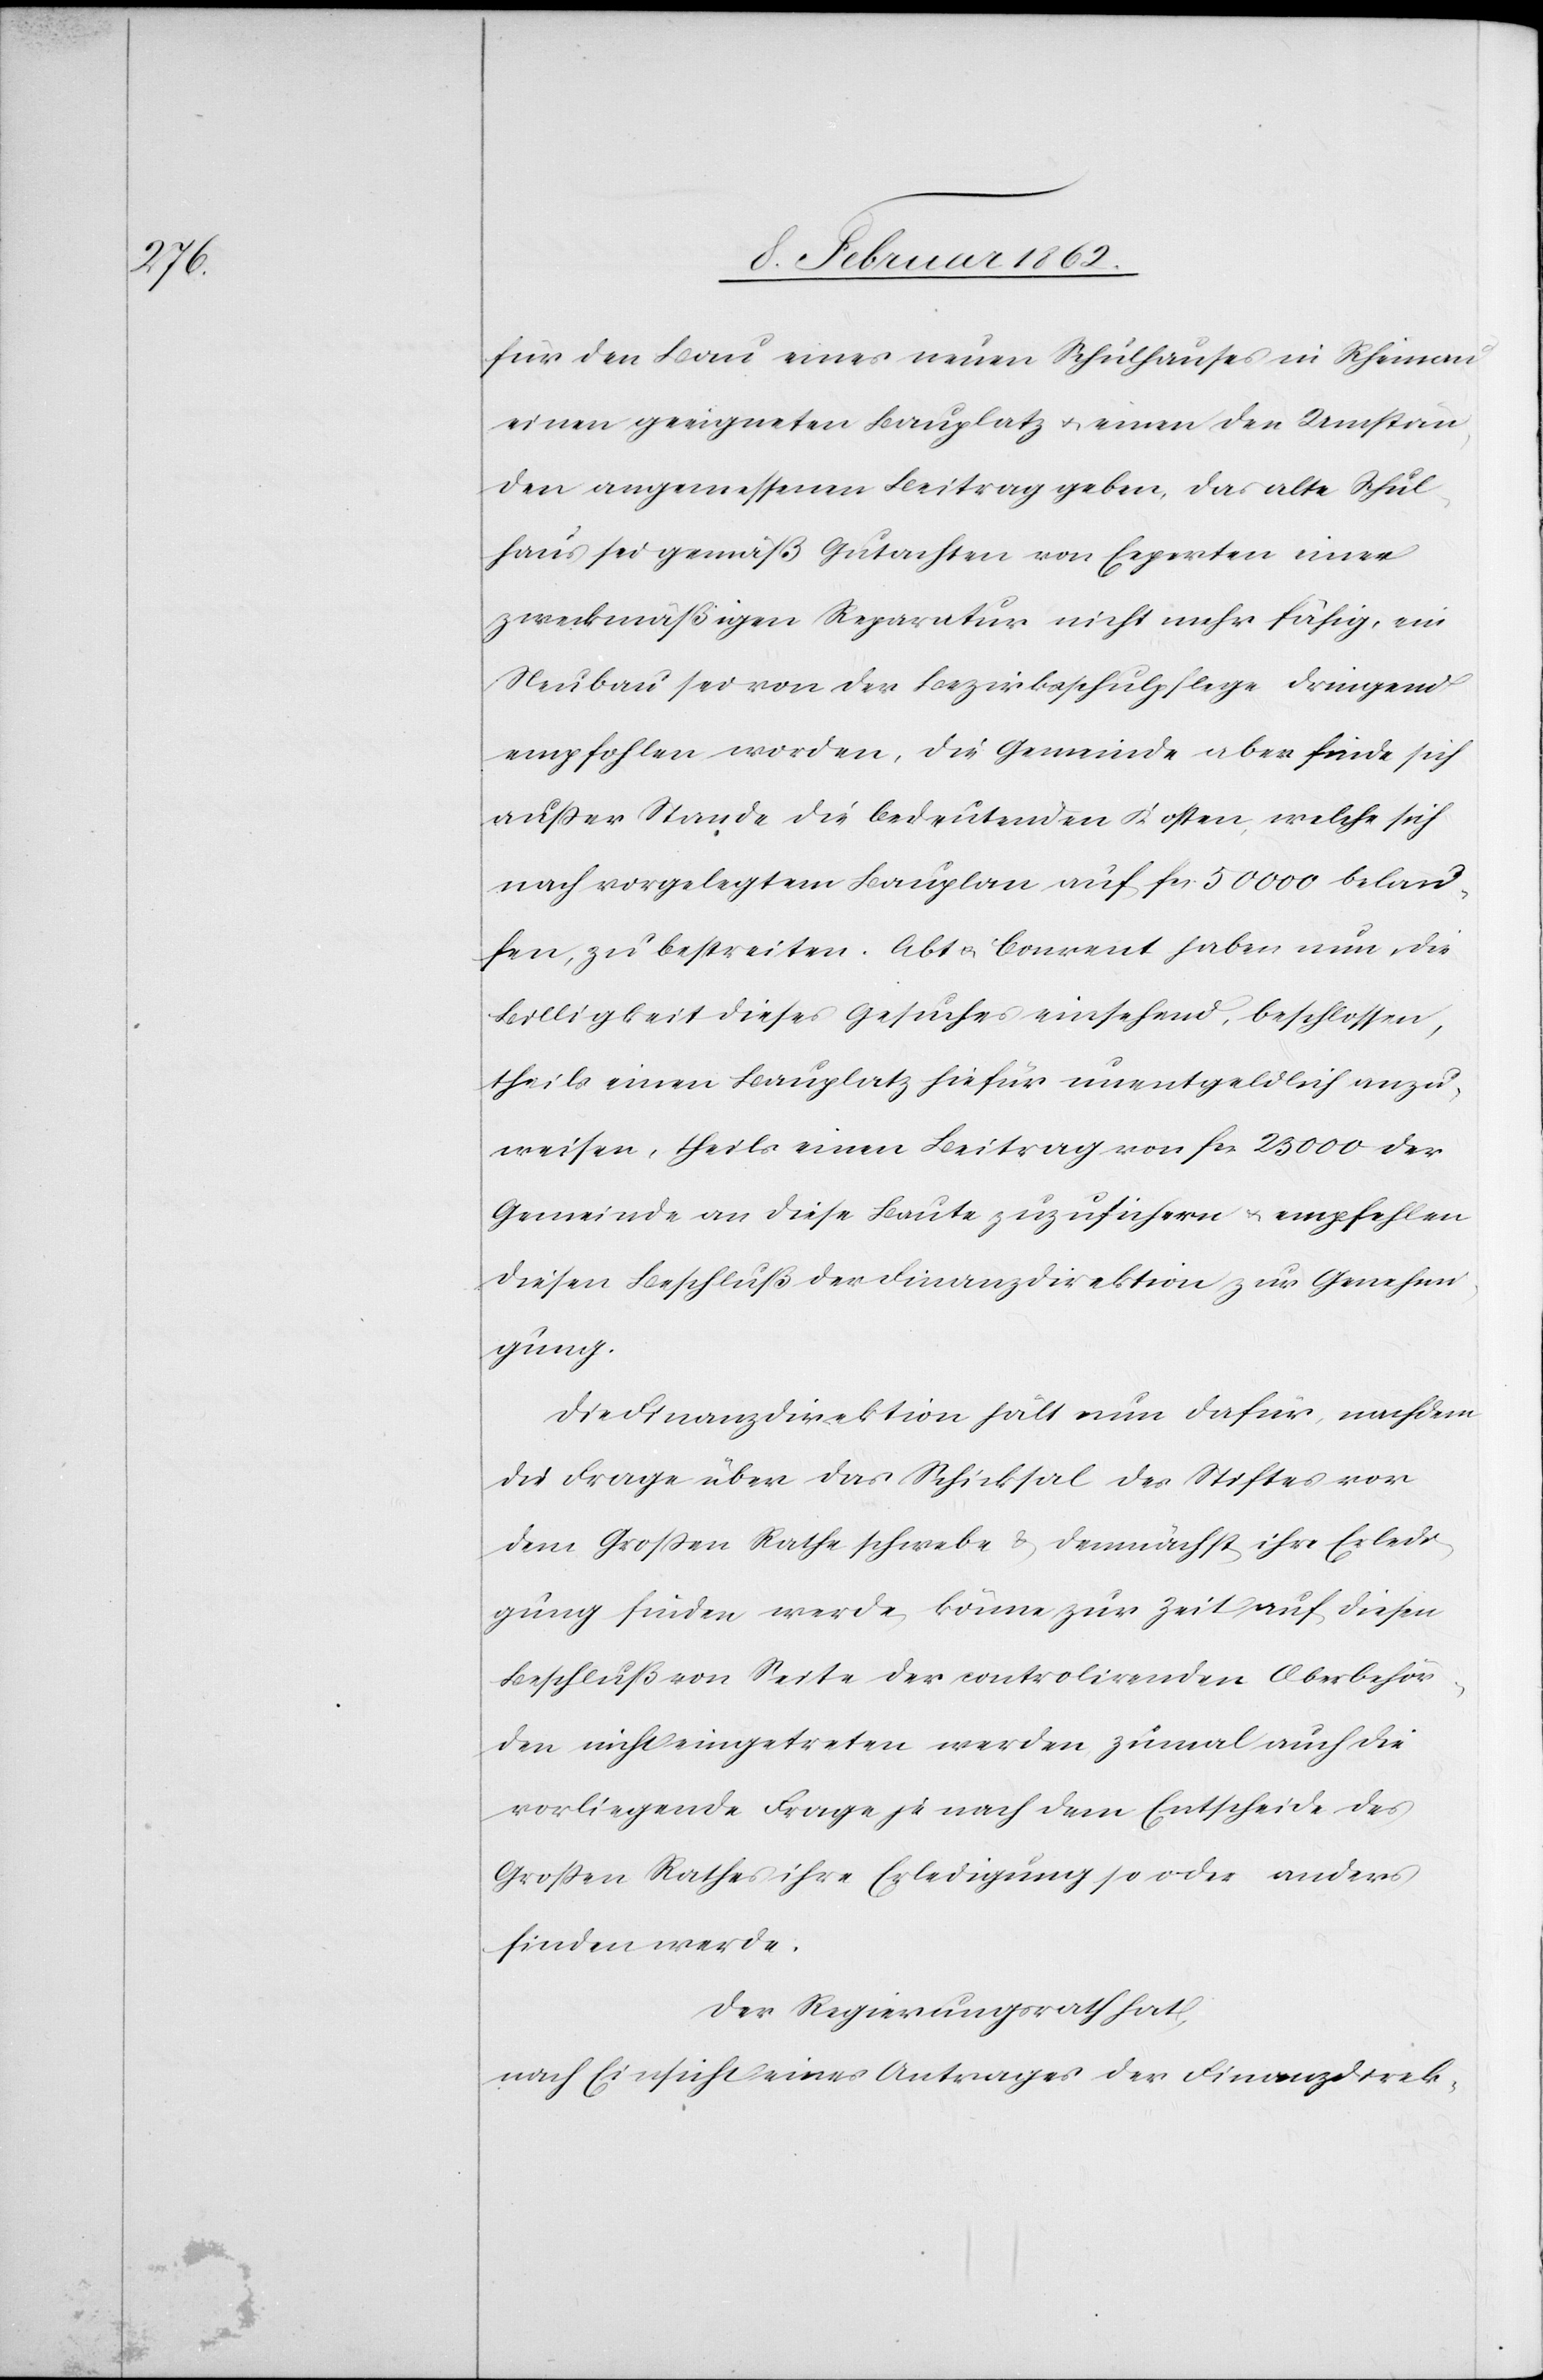
für den Bau eines neuen Schulhauses in Rheinau
einen geeigneten Bauplatz u. einen den Umstän¬
den angemessenen Beitrag geben, das alte Schul¬
haus sei gemäß Gutachten von Experten einer
zweckmäßigen Reparatur nicht mehr fähig, ein
Neubau sei von der Bezirksschulpflege dringend
empfohlen worden, die Gemeinde aber finde sich
außer Stande die bedeutenden Kosten, welche sich
nach vorgelegtem Bauplan auf fcs. 50 000 belau¬
fen, zu bestreiten. Abt u. Convent haben nun die
Billigkeit dieses Gesuches einsehend, beschlossen,
theils einen Bauplatz hiefür unentgeldlich anzu¬
weisen, theils einen Beitrag von fcs. 25 000 der
Gemeinde an diese Baute zuzusichern u. empfehlen
diesen Beschluß der Finanzdirektion zur Genehmi¬
gung.
Die Finanzdirektion hält nun dafür, nachdem
die Frage über das Schicksal des Stiftes vor
dem Großen Rathe schwebe & demnächst ihre Erledi¬
gung finden werde, könne zur Zeit auf diesen
Beschluß von Seite der controlirenden Oberbehör¬
den nicht eingetreten werden zumal auch die
vorliegende Frage je nach dem Entscheide des
Großen Rathes ihre Erledigung so oder anders
finden werde.
Der Regierungsrath hat,
nach Einsicht eines Antrages der Finanzdirek-